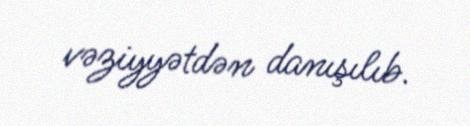
vəziyyətdən danışılıb.